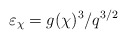
\begin{align*}\varepsilon_\chi=g(\chi)^3/q^{3/2}\end{align*}